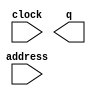
module myRom (
	address,
	clock,
	q);

	input	[7:0]  address;
	input	  clock;
	output	[7:0]  q;
`ifndef ALTERA_RESERVED_QIS
// synopsys translate_off
`endif
	tri1	  clock;
`ifndef ALTERA_RESERVED_QIS
// synopsys translate_on
`endif

endmodule